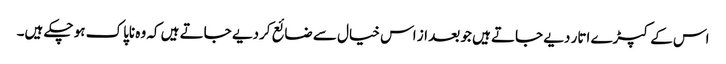
اس کے کپڑے اتار دیے جاتے ہیں جو بعد از اس خیال سے ضائع کردیے جاتے ہیں کہ وہ ناپاک ہو چکے ہیں۔